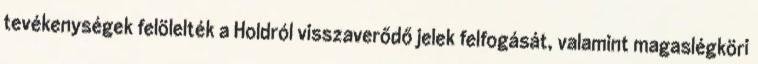
tevékenységek felölelték a Holdról visszaverődő jelek felfogását, valamint magaslégköri